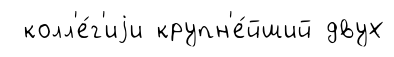
колл'е́г'иjи крупн'е́йший двух